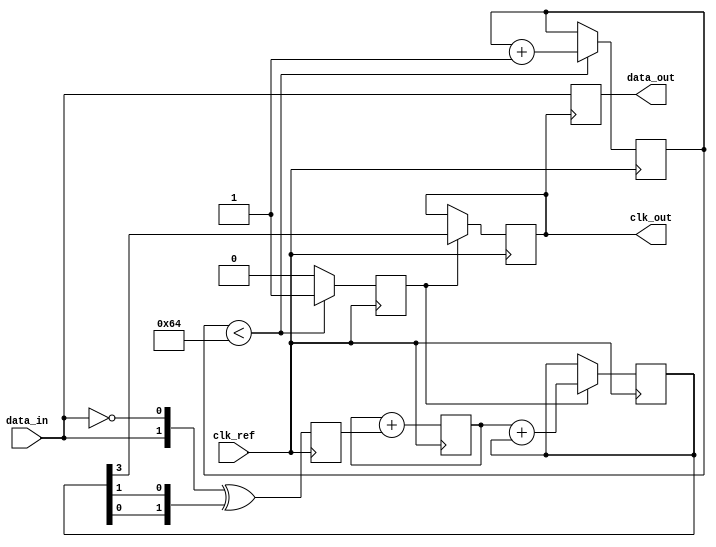
module PLL_Synchronizer (
    input wire clk_ref,         // Reference clock
    input wire data_in,        // Incoming asynchronous data signal
    output reg clk_out,        // Synchronized output clock
    output reg data_out        // Synchronized output data
);

    // Parameters
    parameter integer N = 4;   // VCO division factor
    parameter integer LOCK_TIME = 100; // Lock time in clock cycles
    parameter integer PHASE_MARGIN = 10; // Phase margin for stability

    // Internal signals
    reg [1:0] phase_error;     // Phase error signal from Phase Detector
    reg [3:0] loop_filter;      // Loop filter output
    reg [3:0] vco_output;       // VCO output
    reg [7:0] lock_counter;     // Lock counter
    reg vco_enable;             // VCO enable signal

    // Phase Detector (PD)
    always @(posedge clk_ref) begin
        // Simple phase detector using D flip-flop
        phase_error <= {data_in, ~data_in} ^ {vco_output[0], vco_output[1]};
    end

    // Loop Filter (LF)
    always @(posedge clk_ref) begin
        // Simple first-order loop filter
        loop_filter <= loop_filter + phase_error;
    end

    // Voltage-Controlled Oscillator (VCO)
    always @(posedge clk_ref) begin
        if (vco_enable) begin
            // Generate VCO output based on loop filter
            vco_output <= loop_filter[3:0] + vco_output;
        end
    end

    // Output Clock Generation
    always @(posedge clk_ref) begin
        if (vco_enable) begin
            clk_out <= vco_output[N-1]; // Divide by N for output clock
        end
    end

    // Data Synchronization
    always @(posedge clk_out) begin
        data_out <= data_in; // Sample incoming data on output clock
    end

    // Lock Detection
    always @(posedge clk_ref) begin
        if (lock_counter < LOCK_TIME) begin
            lock_counter <= lock_counter + 1;
            vco_enable <= 1'b1; // Enable VCO during lock time
        end else begin
            vco_enable <= 1'b0; // Disable VCO after lock time
        end
    end

endmodule